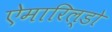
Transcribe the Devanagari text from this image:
ऐमारिल्डो